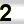
Digit: 2